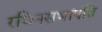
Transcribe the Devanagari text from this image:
रथिनसभापति